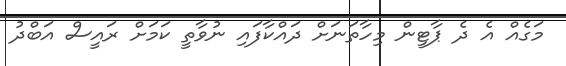
މަގެއް އެ ދެ ޕާޓީން މިހާތަނަށް ދައްކާފައި ނުވާތީ ކަމަށް ރައީސް އަބްދު